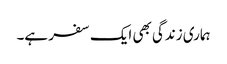
ہماری زندگی بھی ایک سفر ہے۔